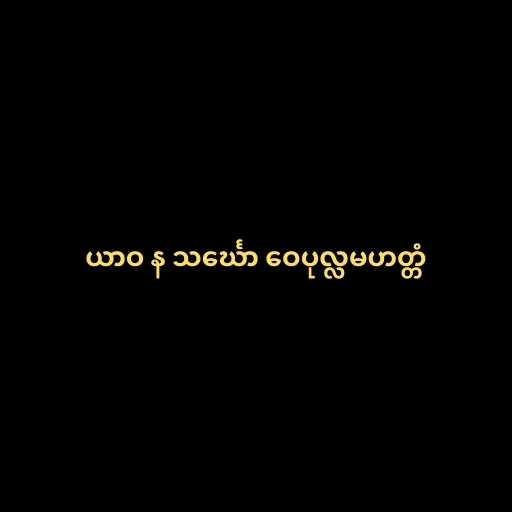
ယာဝ န သင်္ဃော ဝေပုလ္လမဟတ္တံ